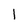
Character: I